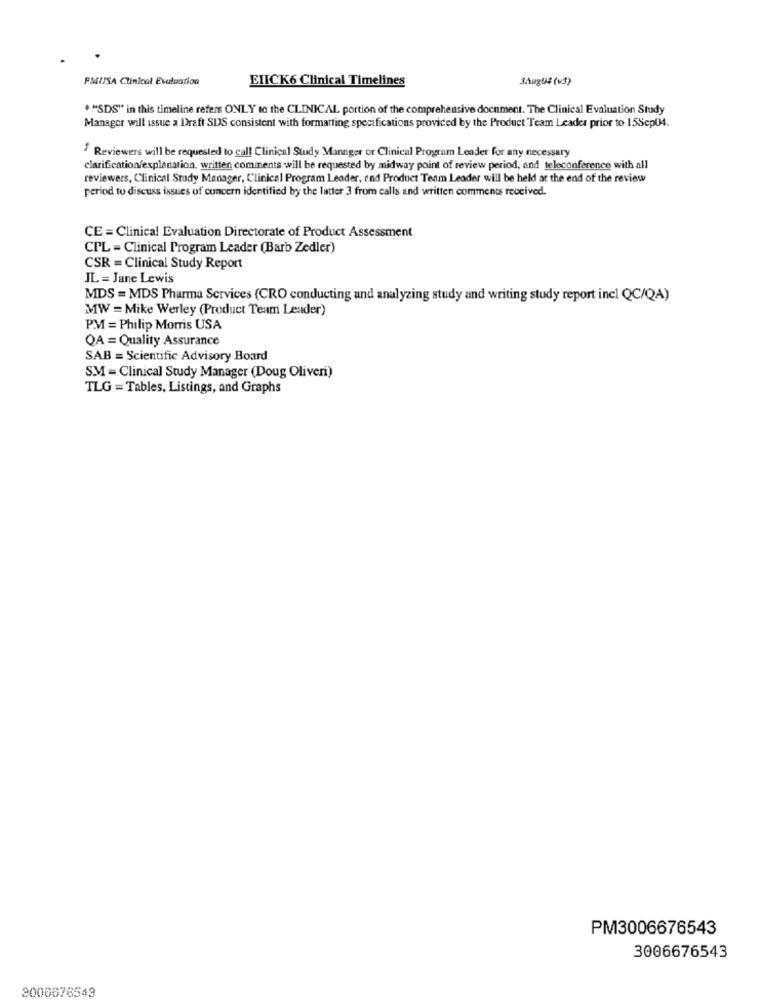
PMUSA Clinical Evaluation
EIICK6 Clinical Timelines
JAugUž (v3)
* "SDS" in this timeline refers ONLY to the CLINICAL portion of the comprehensive document. The Clinical Evaluation Study
Manager will issue a Draft SDS consistent with formatting specifications provided by the Product Team Leader prior to 15Scp04.
" Reviewers will be requested to call Clinical Study Manager or Clinical Program Leader for any necessary
clarification/explanation, written comments will be requested by midway point of review period, and teleconference with all
reviewers, Clinical Study Manager, Clinical Program Leader, end Product Team Leader will be held at the end of the review
period to discuss issues of concern identified by the latter 3 from calls and written comments received.
CE = Clinical Evaluation Directorate of Product Assessment
CPL = Clinical Program Leader (Barb Zedler)
CSR = Clinical Study Report
IL = Jane Lewis
MDS = MDS Pharma Services (CRO conducting and analyzing study and writing study report incl QC/QA)
MW = Mike Werley (Product Team Leader)
P.M = Philip Morris USA
QA = Quality Assurance
SAB = Scientific Advisory Board
S.M = Clinical Study Manager (Doug Oliveri)
TLG = Tables, Listings, and Graphs
PM3006676543
3006676543
3000676543